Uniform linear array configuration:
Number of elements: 24
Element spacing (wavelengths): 0.25
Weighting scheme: exponential
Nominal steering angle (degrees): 30
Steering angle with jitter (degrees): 29.91
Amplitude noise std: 0.05
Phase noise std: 0.05

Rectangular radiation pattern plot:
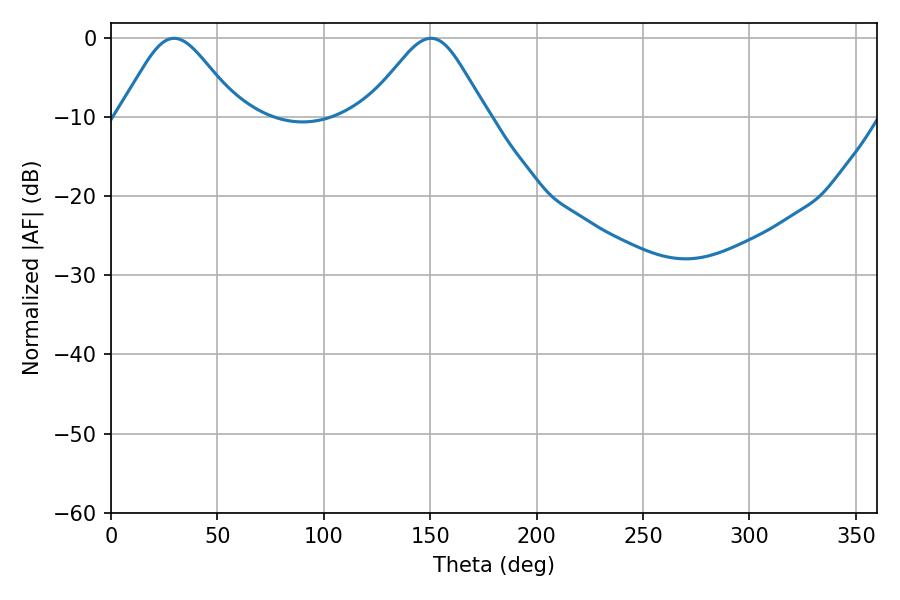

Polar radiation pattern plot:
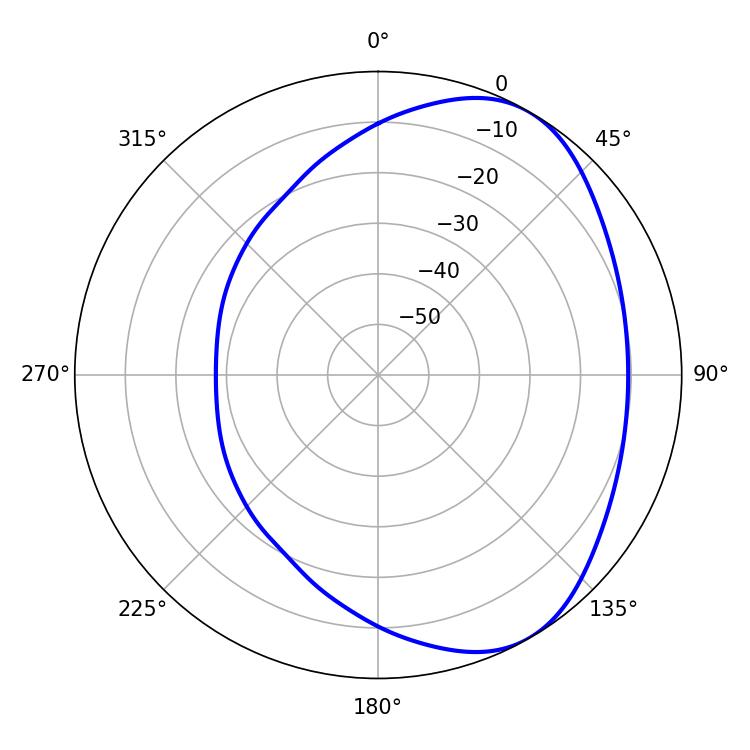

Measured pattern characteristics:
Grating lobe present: FALSE
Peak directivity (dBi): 4.914
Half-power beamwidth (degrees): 27.54
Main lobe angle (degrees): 29.7